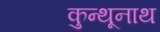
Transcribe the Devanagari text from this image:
कुन्थूनाथ